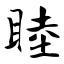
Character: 睦